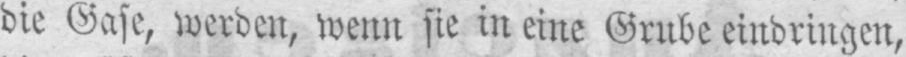
die Gase, werden, wenn sie in eine Grube eindringen,